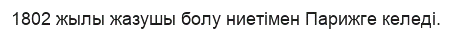
1802 жылы жазушы болу ниетімен Парижге келеді.